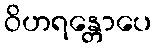
ဝိဟရန္တောပေ